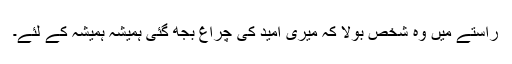
راستے میں وہ شخص بولا کہ میری امید کی چراغ بجھ گئی ہمیشہ ہمیشہ کے لئے۔